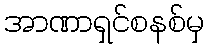
အာဏာရှင်စနစ်မှ